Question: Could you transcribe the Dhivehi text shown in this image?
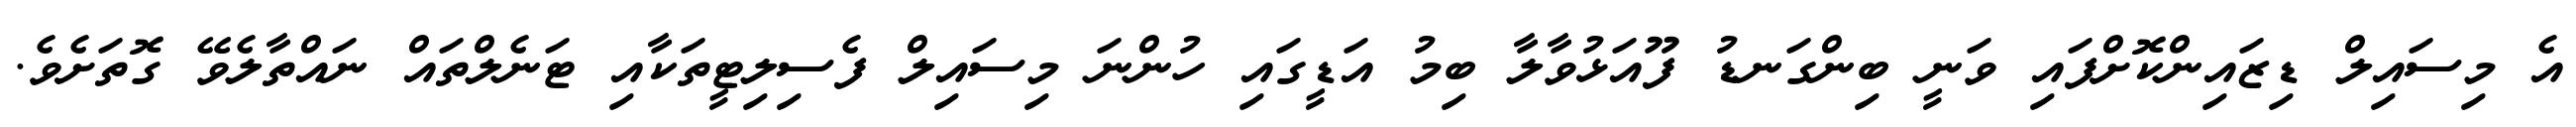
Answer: އެ މިސައިލް ޑިޒައިންކޮށްފައި ވަނީ ބިންގަނޑު ފޫއަޅުވާލާ ބިމު އަޑީގައި ހުންނަ މިސައިލް ފެސިލިޓީތަކާއި ޓަނެލްތައް ނައްތާލެވޭ ގޮތަށެވެ.